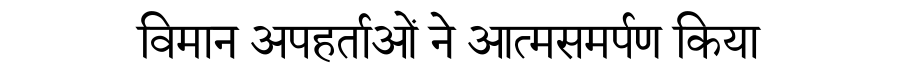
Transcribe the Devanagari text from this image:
विमान अपहर्ताओं ने आत्मसमर्पण किया